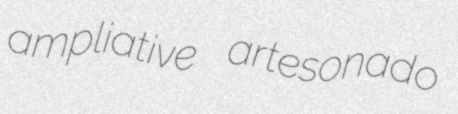
ampliative artesonado